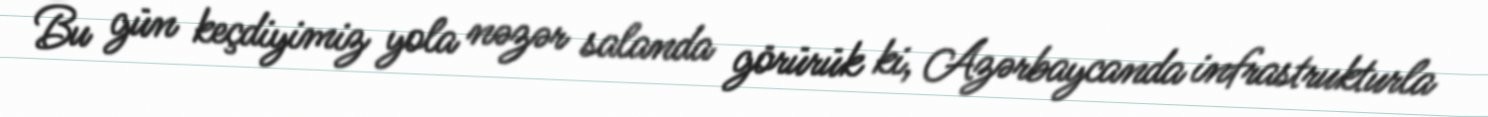
Bu gün keçdiyimiz yola nəzər salanda görürük ki, Azərbaycanda infrastrukturla